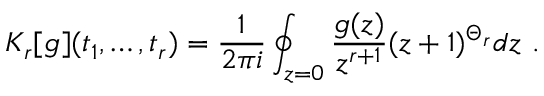
K _ { r } [ g ] ( t _ { 1 } , \ldots , t _ { r } ) = { \frac { 1 } { 2 \pi i } } \oint _ { z = 0 } { \frac { g ( z ) } { z ^ { r + 1 } } } ( z + 1 ) ^ { \Theta _ { r } } d z \ .